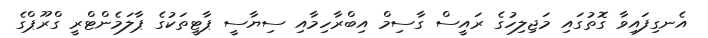
އެނގިފައިވާ ގޮތުގައި މަޖިލިހުގެ ރައީސް ގާސިމް އިބްރާހިމާއި ސިޔާސީ ޕާޓީތަކުގެ ޕާލަމެންޓްރީ ގްރޫޕްގެ